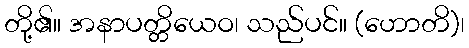
တို့၏။ အနာပတ္တိယေဝ၊ သည်ပင်။ (ဟောတိ)၊